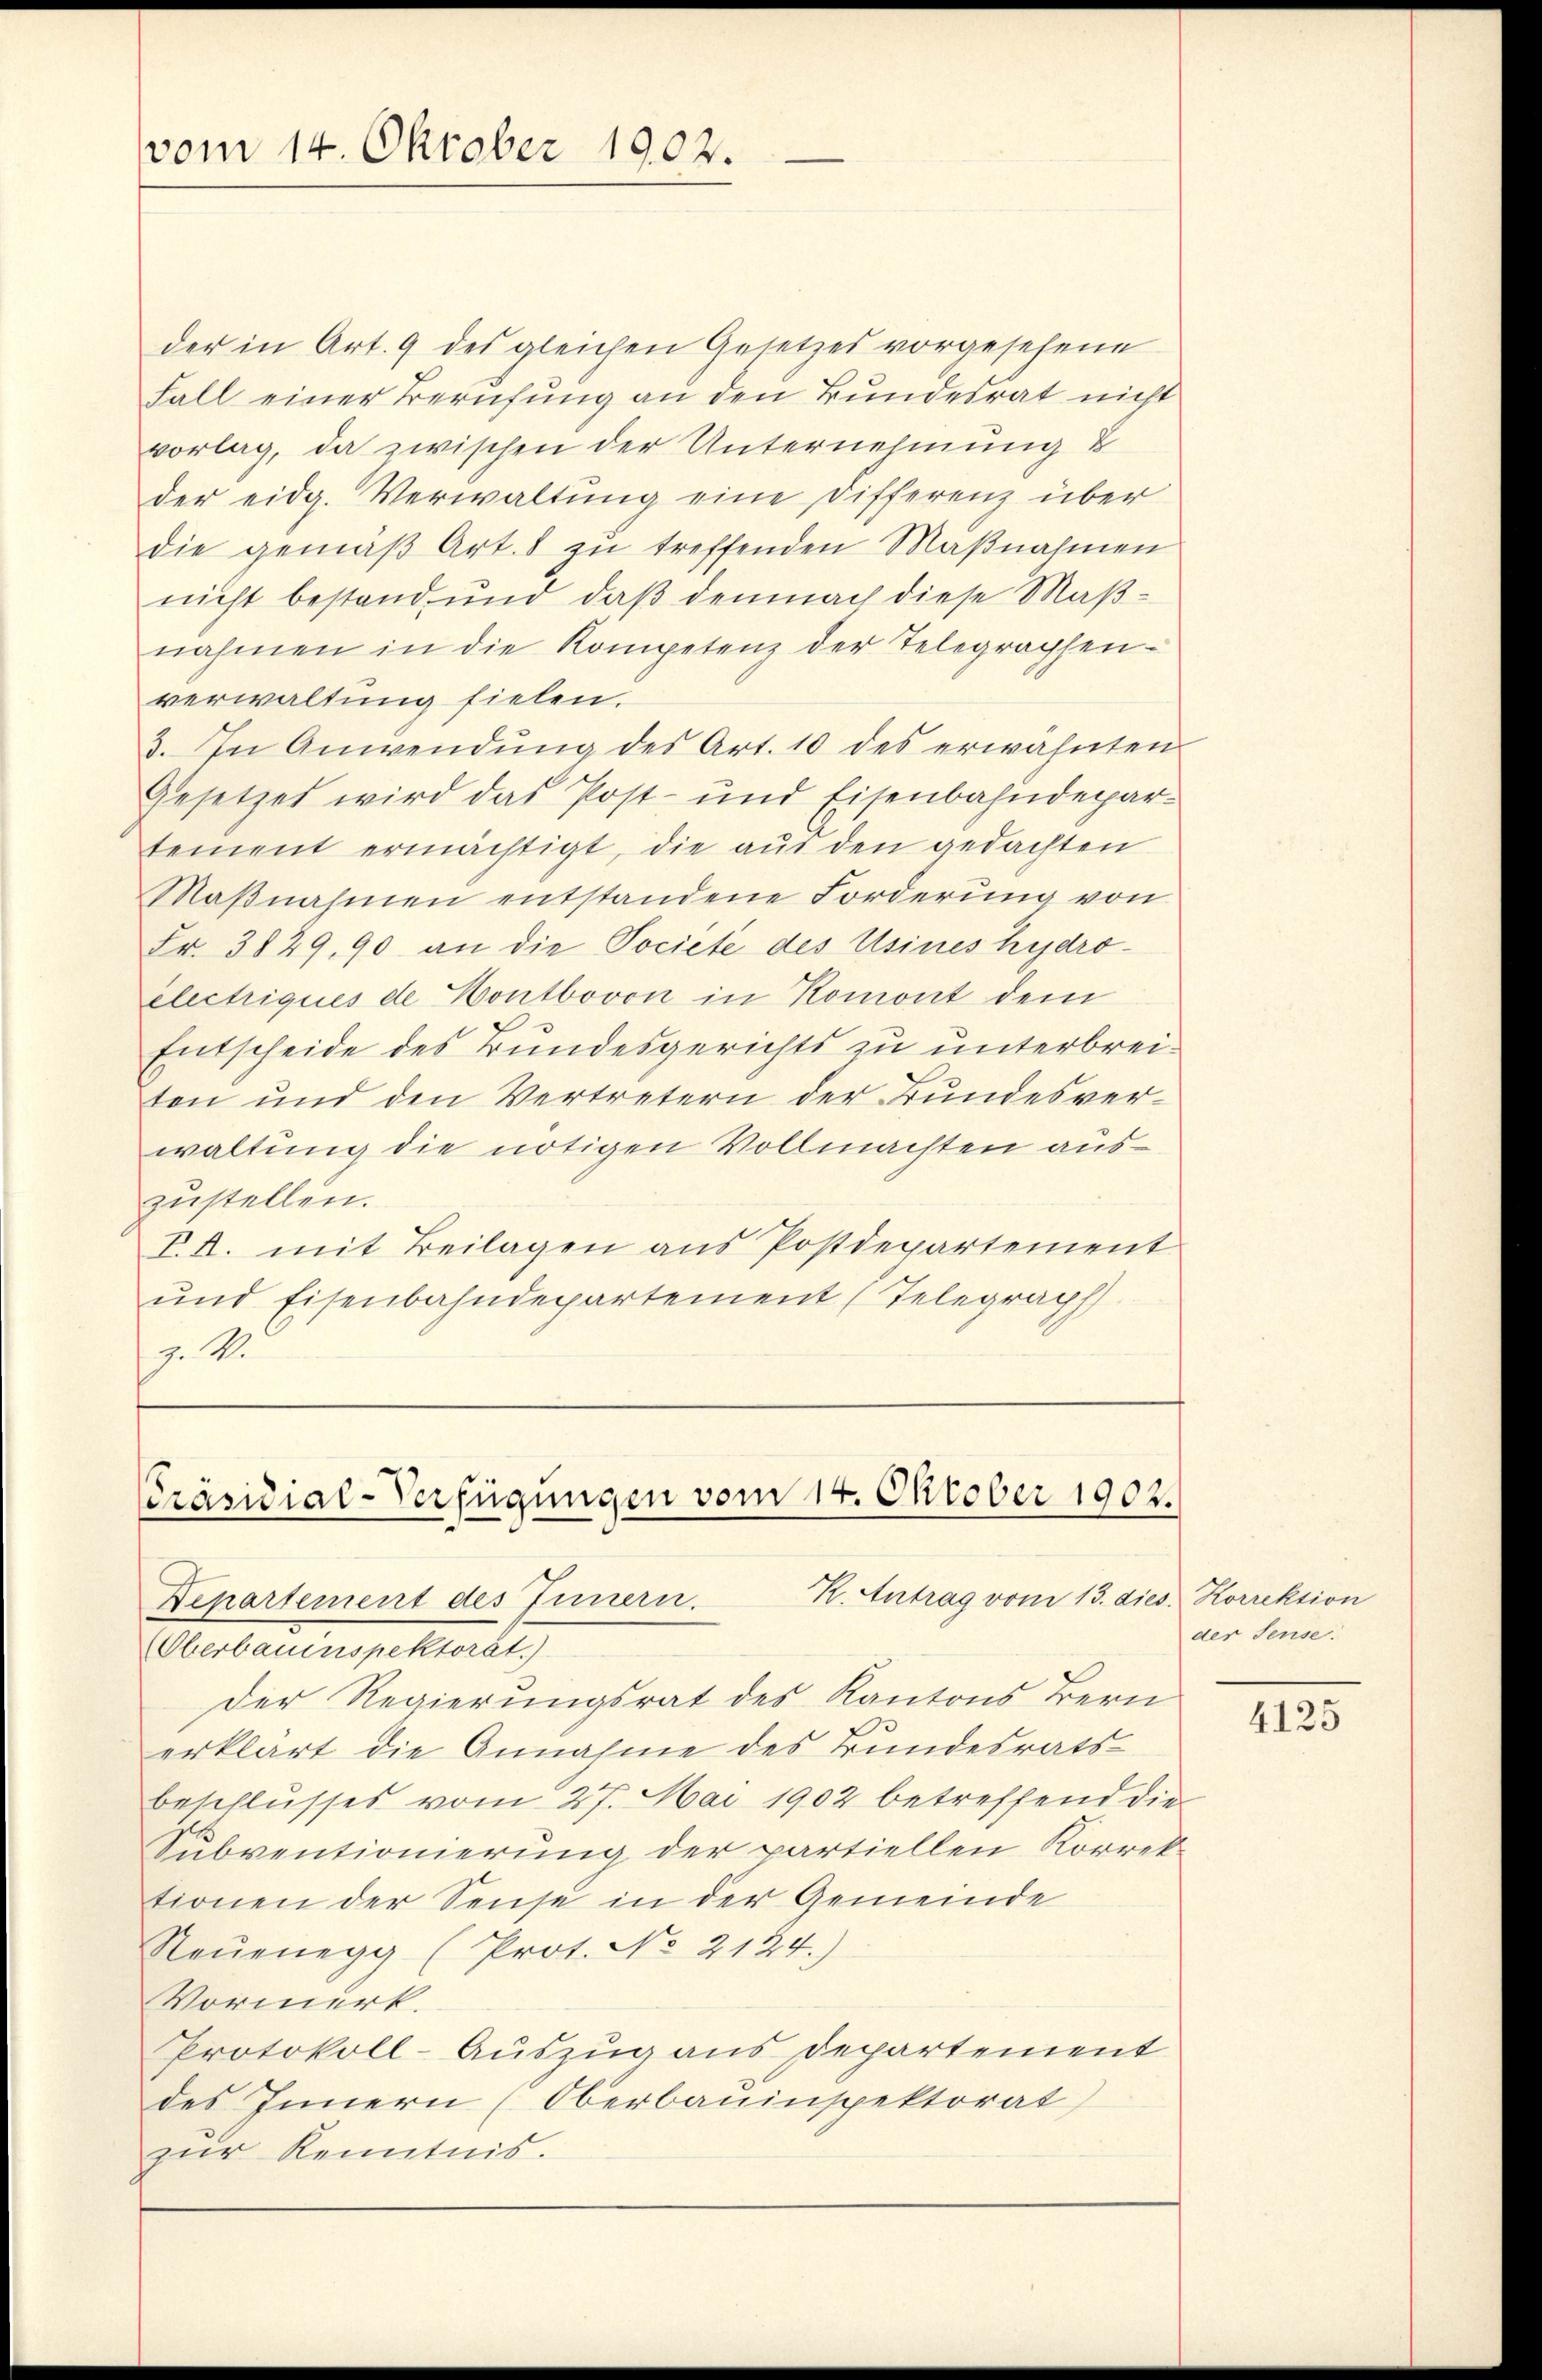
vom 14. Oktober 1902.

der in Art. 9 des gleichen Gesetzes vorgesehene
Fall einer Berufung an den Bundesrat nicht
vorlag, da zwischen der Unternehmung 8
der eidg. Verwaltŭng eine Differenz über
die gemäβ Art. 8 zŭ treffenden Maβnahmen
nicht bestand und daß demnach diese Maßnahmen in die Kompetenz der Telegraphen-
verwaltung fielen.
3. In Anwendŭng des Art. 10 des erwähnten
Gesetzes wird das Post- und Eisenbahndepar-
tement ermächtigt, die aus den gedachten
Maβnahmen entstandene Forderŭng von
Fr. 3829, 90 an die Societe des Usines hydroelectriques de Hontbovon in Romont dem
Entscheide des Bundesgerichts zu unterbreiten und den Vertretern der Bundesverwaltung die nötigen Vollmachten auszustellen.
P.A. mit Beilagen aus Postdepartement
und Eisenbahndepartement (Telegraph
z. 1

Präsidial-Verfügungen vom 14. Oktober 1902.
K. Antrag vom 13. dies. Korrektion
Departement des Innern.

(Oberbauinspektorat.)
Der Regierungsrat des Kantons Bern
erklärt die Annahme des Bundesratsbeschlusses vom 27. Mai 1902 betreffend die
Subventionierung der partiellen Korrek-
tionen der Seise in der Gemeinde
Reŭenegg (Prot. No 2124.)
Vormerk.
Protokoll-Auszug aus Departement
des Innern (Oberbauinspektorat
zur Kenntnis.

der Sense.

4125